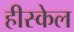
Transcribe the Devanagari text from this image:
हीस्केल